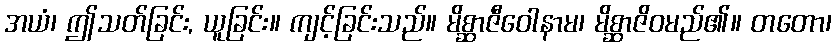
အယံ၊ ဤသတ်ခြင်း, ယူခြင်း။ ကျင့်ခြင်းသည်။ မိစ္ဆာဇီဝေါနာမ၊ မိစ္ဆာဇိဝမည်၏။ တတော၊